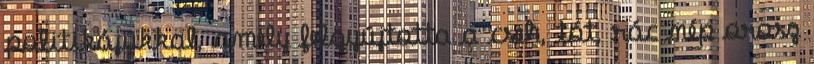
politikájukkal, amely felgyújtotta a cseh, tót, rác nép orosz